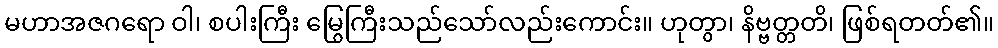
မဟာအဇဂရော ဝါ၊ စပါးကြီး မြွေကြီးသည်သော်လည်းကောင်း။ ဟုတွာ၊ နိဗ္ဗတ္တတိ၊ ဖြစ်ရတတ်၏။